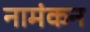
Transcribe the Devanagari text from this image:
नामंकन